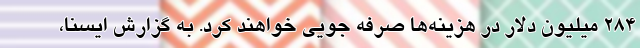
۲۸۴ میلیون دلار در هزینه‌ها صرفه جویی خواهند کرد. به گزارش ایسنا،